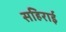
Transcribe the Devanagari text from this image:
सहिराई